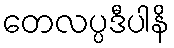
တေလပ္ပဒီပါနိ